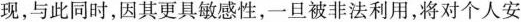
现，与此同时，因其更具敏感性，一旦被非法利用，将对个人安